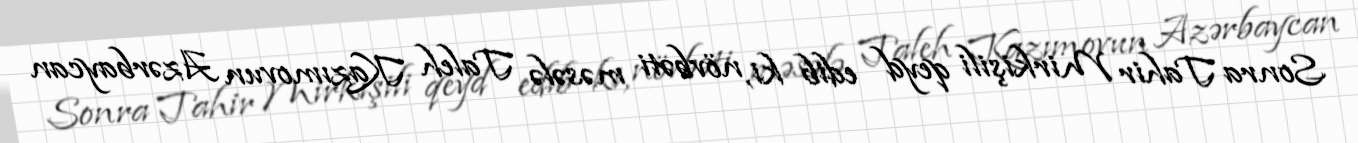
Sonra Tahir Mirkişili qeyd edib ki, növbəti məsələ Taleh Kazımovun Azərbaycan